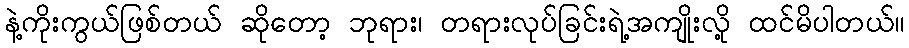
နဲ့ကိုးကွယ်ဖြစ်တယ် ဆိုတော့ ဘုရား၊ တရားလုပ်ခြင်းရဲ့အကျိုးလို့ ထင်မိပါတယ်။